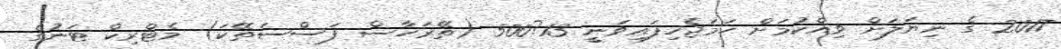
2017 ގެ ނިޔަލަށް ވިއްކުމަށް ހަމަޖެހިފައިވަނީ 13?500 (ތޭރަހާސް ފަސްސަތޭކަ) މެޓްރިކް ޓަނުގެ